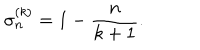
\sigma _ { n } ^ { ( k ) } = 1 - \frac { n } { k + 1 } .